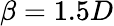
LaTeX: \beta=1.5D